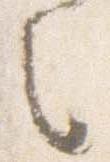
之